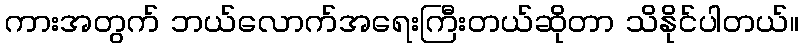
ကားအတွက် ဘယ်လောက်အရေးကြီးတယ်ဆိုတာ သိနိုင်ပါတယ်။